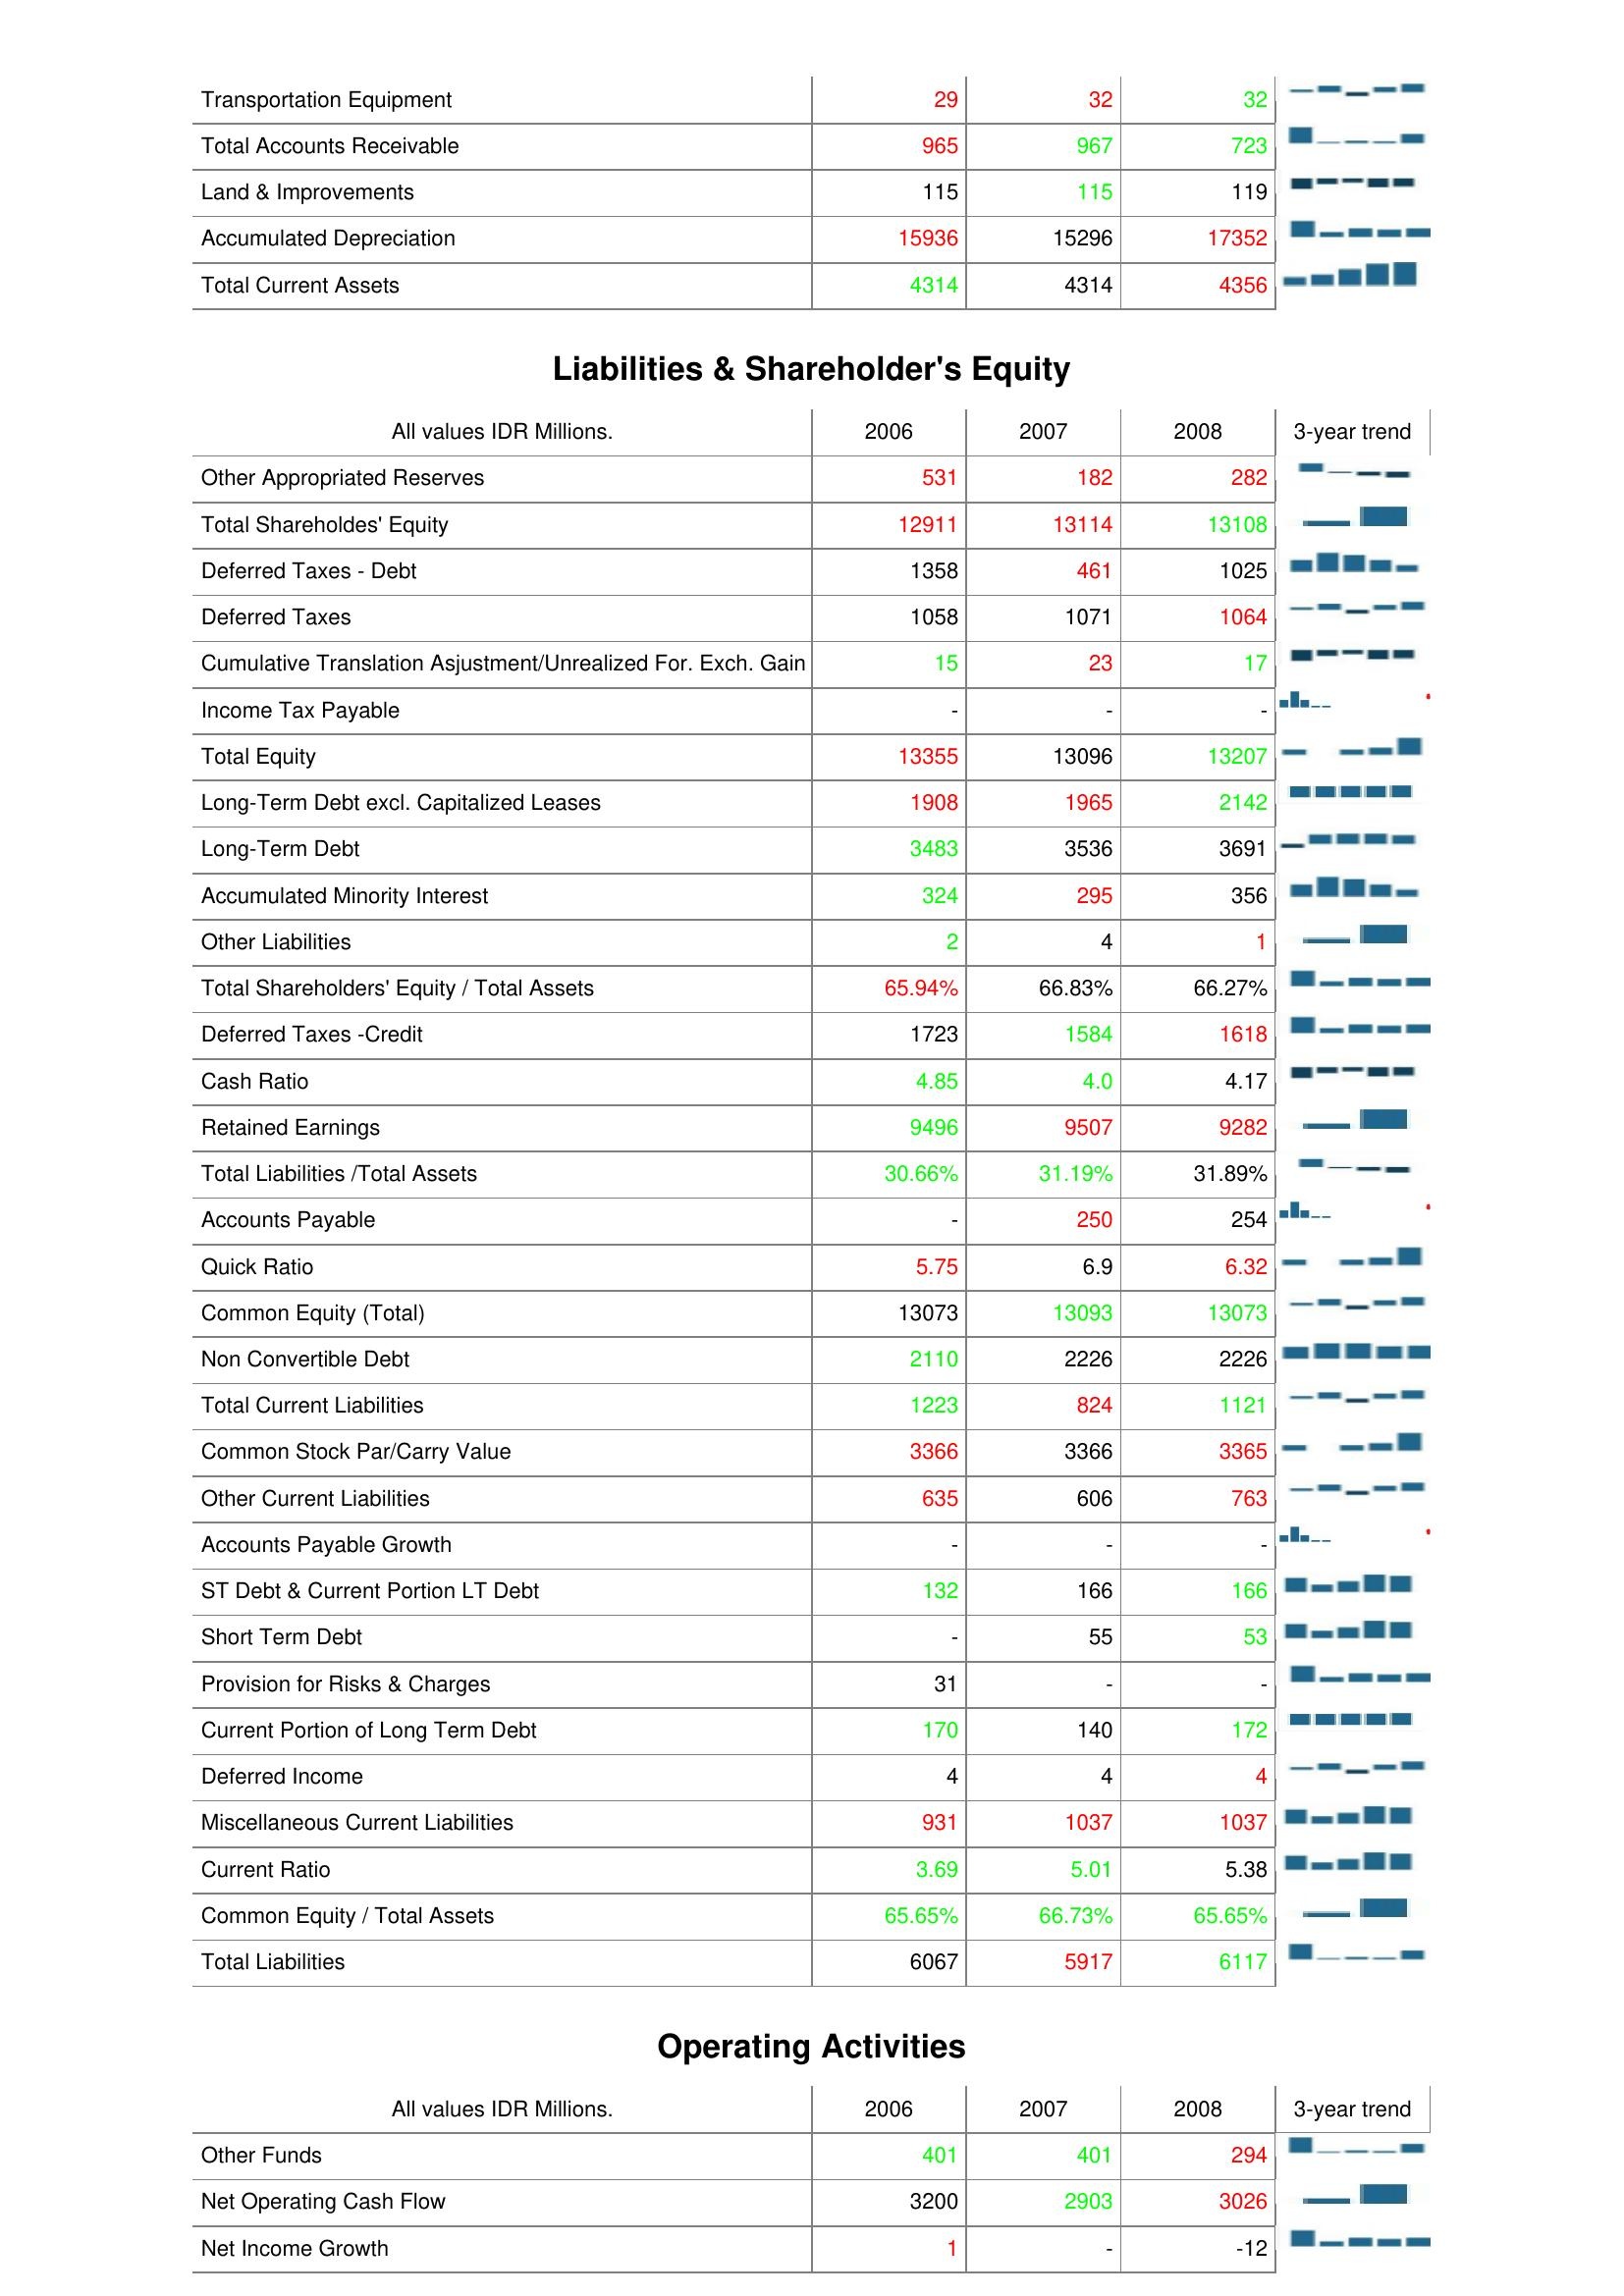
2006: Assets: Transportation Equipment: 29
Total Accounts Receivable: 965
Land & Improvements: 115
Accumulated Depreciation: 15936
Total Current Assets: 4314
Liabilities & Shareholder's Equity: Other Appropriated Reserves: 531
Total Shareholdes' Equity: 12911
Deferred Taxes - Debt: 1358
Deferred Taxes: 1058
Cumulative Translation Asjustment/Unrealized For. Exch. Gain: 15
Income Tax Payable: -
Total Equity: 13355
Long-Term Debt excl. Capitalized Leases: 1908
Long-Term Debt: 3483
Accumulated Minority Interest: 324
Other Liabilities: 2
Total Shareholders' Equity / Total Assets: 65.94%
Deferred Taxes -Credit: 1723
Cash Ratio: 4.85
Retained Earnings: 9496
Total Liabilities /Total Assets: 30.66%
Accounts Payable: -
Quick Ratio: 5.75
Common Equity (Total): 13073
Non Convertible Debt: 2110
Total Current Liabilities: 1223
Common Stock Par/Carry Value: 3366
Other Current Liabilities: 635
Accounts Payable Growth: -
ST Debt & Current Portion LT Debt: 132
Short Term Debt: -
Provision for Risks & Charges: 31
Current Portion of Long Term Debt: 170
Deferred Income: 4
Miscellaneous Current Liabilities: 931
Current Ratio: 3.69
Common Equity / Total Assets: 65.65%
Total Liabilities: 6067
Operating Activities: Other Funds: 401
Net Operating Cash Flow: 3200
Net Income Growth: 1
2007: Assets: Transportation Equipment: 32
Total Accounts Receivable: 967
Land & Improvements: 115
Accumulated Depreciation: 15296
Total Current Assets: 4314
Liabilities & Shareholder's Equity: Other Appropriated Reserves: 182
Total Shareholdes' Equity: 13114
Deferred Taxes - Debt: 461
Deferred Taxes: 1071
Cumulative Translation Asjustment/Unrealized For. Exch. Gain: 23
Income Tax Payable: -
Total Equity: 13096
Long-Term Debt excl. Capitalized Leases: 1965
Long-Term Debt: 3536
Accumulated Minority Interest: 295
Other Liabilities: 4
Total Shareholders' Equity / Total Assets: 66.83%
Deferred Taxes -Credit: 1584
Cash Ratio: 4.0
Retained Earnings: 9507
Total Liabilities /Total Assets: 31.19%
Accounts Payable: 250
Quick Ratio: 6.9
Common Equity (Total): 13093
Non Convertible Debt: 2226
Total Current Liabilities: 824
Common Stock Par/Carry Value: 3366
Other Current Liabilities: 606
Accounts Payable Growth: -
ST Debt & Current Portion LT Debt: 166
Short Term Debt: 55
Provision for Risks & Charges: -
Current Portion of Long Term Debt: 140
Deferred Income: 4
Miscellaneous Current Liabilities: 1037
Current Ratio: 5.01
Common Equity / Total Assets: 66.73%
Total Liabilities: 5917
Operating Activities: Other Funds: 401
Net Operating Cash Flow: 2903
Net Income Growth: -
2008: Assets: Transportation Equipment: 32
Total Accounts Receivable: 723
Land & Improvements: 119
Accumulated Depreciation: 17352
Total Current Assets: 4356
Liabilities & Shareholder's Equity: Other Appropriated Reserves: 282
Total Shareholdes' Equity: 13108
Deferred Taxes - Debt: 1025
Deferred Taxes: 1064
Cumulative Translation Asjustment/Unrealized For. Exch. Gain: 17
Income Tax Payable: -
Total Equity: 13207
Long-Term Debt excl. Capitalized Leases: 2142
Long-Term Debt: 3691
Accumulated Minority Interest: 356
Other Liabilities: 1
Total Shareholders' Equity / Total Assets: 66.27%
Deferred Taxes -Credit: 1618
Cash Ratio: 4.17
Retained Earnings: 9282
Total Liabilities /Total Assets: 31.89%
Accounts Payable: 254
Quick Ratio: 6.32
Common Equity (Total): 13073
Non Convertible Debt: 2226
Total Current Liabilities: 1121
Common Stock Par/Carry Value: 3365
Other Current Liabilities: 763
Accounts Payable Growth: -
ST Debt & Current Portion LT Debt: 166
Short Term Debt: 53
Provision for Risks & Charges: -
Current Portion of Long Term Debt: 172
Deferred Income: 4
Miscellaneous Current Liabilities: 1037
Current Ratio: 5.38
Common Equity / Total Assets: 65.65%
Total Liabilities: 6117
Operating Activities: Other Funds: 294
Net Operating Cash Flow: 3026
Net Income Growth: -12